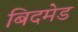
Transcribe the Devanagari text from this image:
बिदमेड